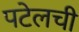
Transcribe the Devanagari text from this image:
पटेलची